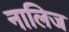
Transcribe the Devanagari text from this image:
नालिज